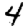
Digit: 4